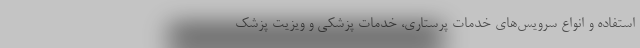
استفاده و انواع سرویس‌های خدمات پرستاری، خدمات پزشکی و ویزیت پزشک